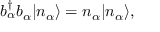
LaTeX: b _ { \alpha } ^ { \dagger } b _ { \alpha } | n _ { \alpha } \rangle = n _ { \alpha } | n _ { \alpha } \rangle ,